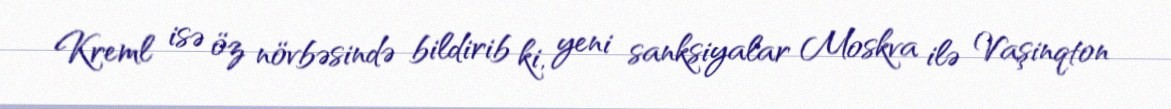
Kreml isə öz növbəsində bildirib ki, yeni sanksiyalar Moskva ilə Vaşinqton